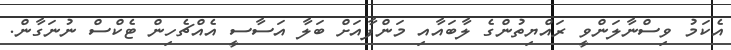
އެކަމު ވިސްނާލަންވީ ރައްޔިތުންގެ ލާބައާއި މަންފާއަށް ބަލާ އަސާސީ އެއްޗެހިން ޓެކްސް ނުނަގާން.